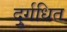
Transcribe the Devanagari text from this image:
दुर्गधित